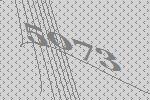
5073